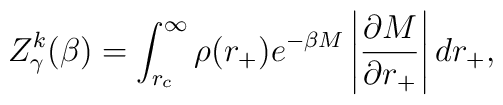
Z_{\gamma }^{k}(\beta )=\int_{r_{c}}^{\infty }\rho (r_{+})e^{-\beta M}\left|\frac{\partial M}{\partial r_{+}}\right| dr_{+},